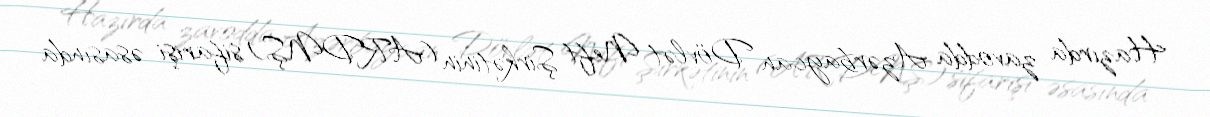
Hazırda zavodda Azərbaycan Dövlət Neft Şirkətinin (ARDNŞ) sifarişi əsasında